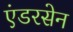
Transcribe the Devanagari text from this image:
एंडरसेन